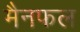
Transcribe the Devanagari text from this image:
मैनफल